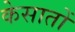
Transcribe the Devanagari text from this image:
केसातों